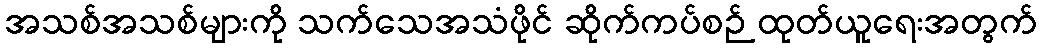
အသစ်အသစ်များကို သက်သေအသံဖိုင် ဆိုက်ကပ်စဉ် ထုတ်ယူရေးအတွက်